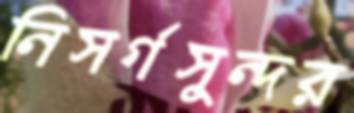
নিসর্গসুন্দর